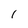
Character: 1